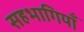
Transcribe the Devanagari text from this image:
सहभागियाँ